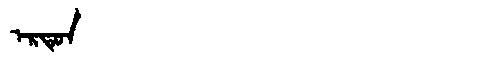
Manchu: ᡝᡵᡨᡠᠨ
Romanization: ERTUN